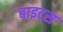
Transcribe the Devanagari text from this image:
बाइट्‌स